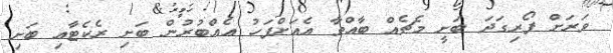
ވަރަށް ފޯރިގަދަ ބަށީ މެޗެއް ބާއްވާ އެއަށްފަހު އެއްބުރުން ބަށި ރެކެޓާއި ބަށި